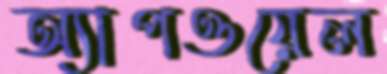
অ্যাপওয়েল